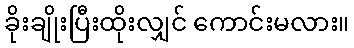
ခိုးချိုးပြီးထိုးလျှင် ကောင်းမလား။